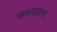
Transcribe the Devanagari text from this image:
म्हसवडला